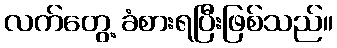
လက်တွေ့ ခံစားရပြီးဖြစ်သည်။